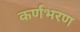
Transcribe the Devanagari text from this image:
कर्णभरण